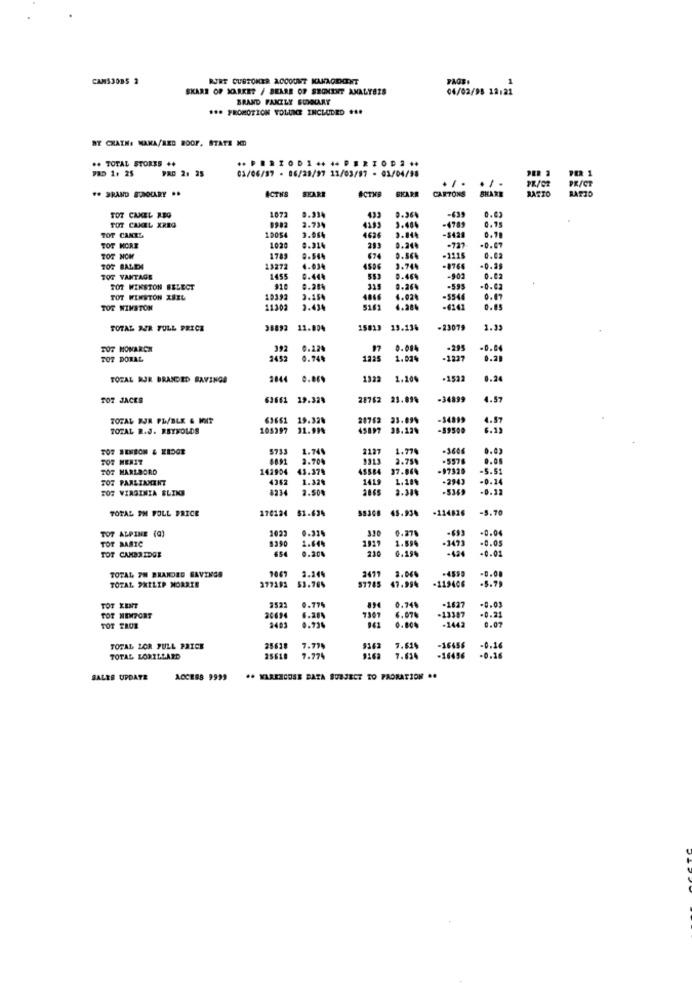
CAMSJOBS 2
RJRT CUSTOMER ACCOUNT MANAGEMENT
PAGE.
1
SKARE OF MARKET / BEARE OF SROMENT ANALYSIS
04/02/98 12:21
BRAND FANILY SUMMARY
*** PROMOTION VOLUME INCLUDED ...
RT CHAIN: HAKA/RED ROOF, STATE ND
++ TOTAL STORES ..
PRD 1, 25
PAC 2: 25
01/06/97 - 06/28/97 11/03/97 - 03/04/98
## BRAND BRNOCARY ..
ACTHE
SEARE
CARTONS
. / .
SHARE
RAZZO
PR/CT
#CTMB
SKARE
LATTO
9.334
0.42
TOT CAKEL WEG
2.734
433
0.364
-439
0.75
TOT CAKEL XREG
8982
4193
3.484
-4789
-5428
TOT CANEL
10054
4626
TOT MORE
1020
0.314
293
0.24%
-737
TOR NOM
1785
674
-1115
0.02
TOR BALEM
13272
4.034
4526
3.744
-8764
TOR VANTAGE
1455
0.444
553
0.46%
-902
0.02
TOT WINSTON SELECT
315
0.26%
-595
-0.63
TOT WINSTON XBRL
19392
2.150
4.02%
-5544
0.07
TOR WINSTON
11302
1.430
5161
4.284
0.05
TOTAL WAR FULL PRICE
98892 11.80%
15813
19.134
-23079
1.33
TOT MONARCH
392
0.220
97
0.084
-295
-0.04
TOT DORAL
3452
0.74%
122
1.02%
-1227
TOTAL RJR BRANDED SAVINGS
2844
0.06%
1322 1.20%
1322
1.100
-1522
0.24
TOT JACES
63661 19.328
28762 23.89%
-34899
4.57
TOTAL BUR PL/BLE & MAT
63661 19.32%
20762 23.09%
23.09
-34899
4.57
TOTAL R.J. REYNOLDS
105397 31.99%
31.99%
45897
45897 38.12%
-59500
6.1)
TOT BENSON & EIDOR
5733
1.74%
2127
1.77%
-3604
0.03
FOR MERIT
6891
2.70%
9313
2.75%
.5578
0.00
TOT MARLBORO
142954
41.379
45584 37.869
-97320
-5.51
TOT PARLIAMENT
4252
1.32%
1415
1.18
-2943
-0.14
TOR VIRGINIA BLING
8234
2.50%
2865
2.389
-5369
-0.12
TOTAL PM FOLL PRICE
170124 81.634
45.93.
-114826
-5.70
TOT ALPINE (a)
1023
0.278
-0.04
TOT BASIC
1390
0.32.
1.64%
1.594
-0.05
TOT CAMBRIDGE
654
0.20%
230
0.19%
-42
-0.01
-4599
TOTAL 7H BRANDED SAVINGS
$7785 47.994
2477
3.06%
-119406
TOTAL PHILIP MORRIS
53.76%
57785
0.74
-8.03
TOT KENT
3522
0.77%
-1627
-0.21
TOT MEMPORT
6.20%
7367
4.07%
-13387
0.07
TOT TRUE
3403
0.734
961
0.808
-1442
TOTAL LOR FULL PRICE
25618
7.77%
1363
7.61%
-16456
-0.16
TOTAL LORILLARD
25618
7.774
7.634
-16456
-0.16
SALES UPDATE
ACCESS 9999
.+ WAREZCOSE BATA SUBJECT TO PAORATION ..